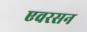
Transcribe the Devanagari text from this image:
एवरसन